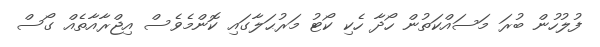
ފުލުހުން ބުރަ މަސައްކަތުން ހޯދާ ހެކި ކޯޓު މަރުޙަލާގައި ކޮންމެވެސް އިޖްރާއާތެއް ގޯސް